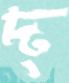
দ্